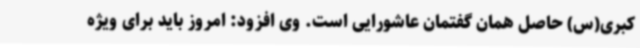
کبری(س) حاصل همان گفتمان عاشورایی است. وی افزود: امروز باید برای ویژه